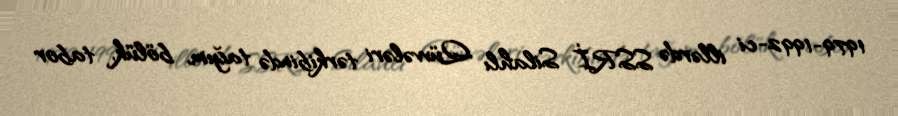
1979-1992-ci illərdə SSRİ Silahlı Qüvvələri tərkibində tağım, bölük, tabor